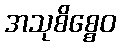
အသုစိစ္စေဝ